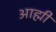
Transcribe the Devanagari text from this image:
आह्मी